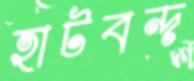
হাটবন্দ